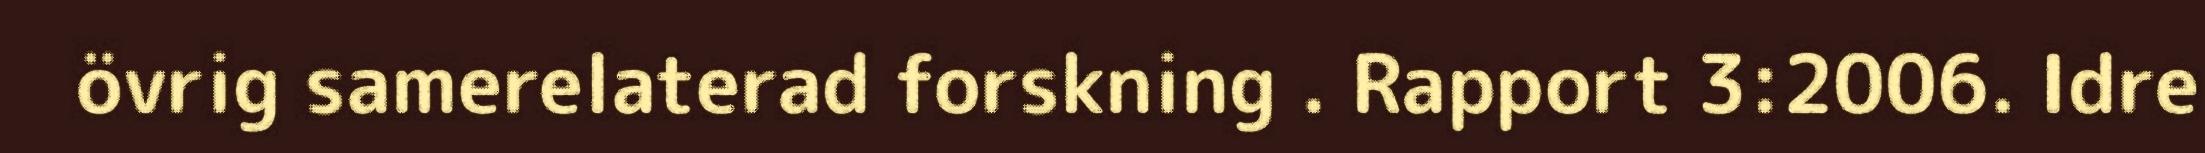
övrig samerelaterad forskning . Rapport 3:2006. Idre